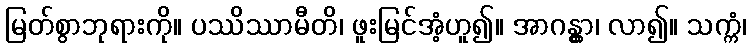
မြတ်စွာဘုရားကို။ ပဿိဿာမီတိ၊ ဖူးမြင်အံ့ဟူ၍။ အာဂန္တွာ၊ လာ၍။ သက္ကံ၊